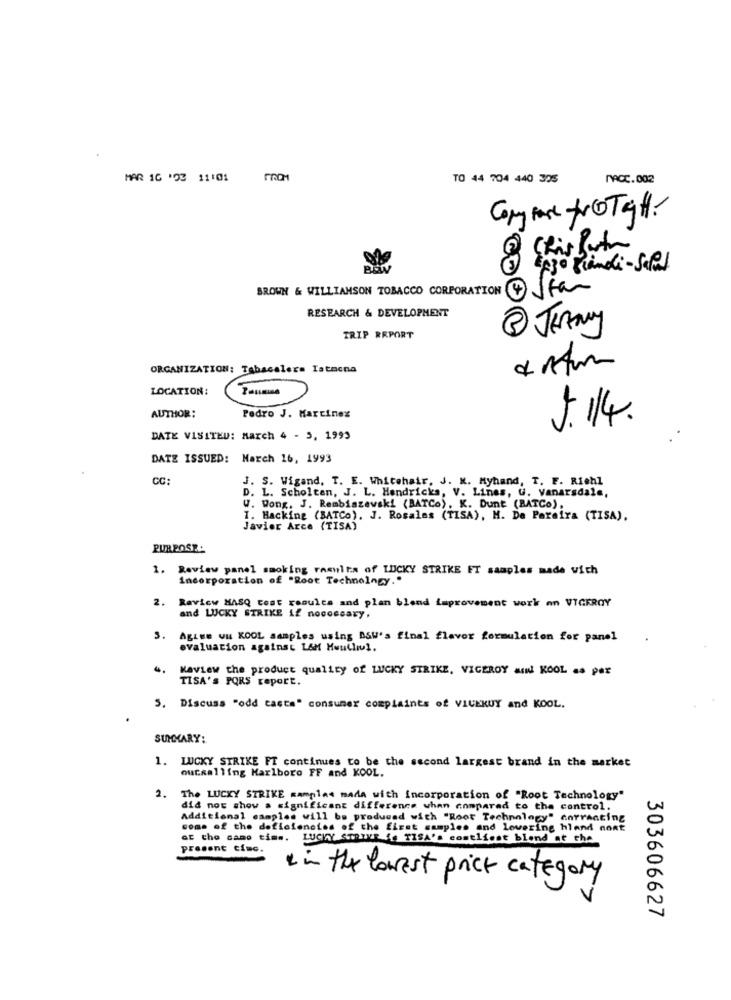
MAR 1C '03 11:01
TO 44 704 440 325
MACC.002
Cory are ProTagH.
Chis Barth
BON
3 Lago Bindi- Salat
BROWN & WILLIAMSON TOBACCO CORPORATION 4 JEa
RESEARCH & DEVELOPMENT
2 JEANY
TRIP REPORT
R
ORGANIZATION: Tabacalera Tatnona
LOCATION:
AUTHOR:
Pedro J. Martinez
5. 114.
DATE VISITED: March 4 - 5, 1999
DATE ISSUED: March 16, 1993
CC:
J. S. Wigand, T. E. Whitehair, J. K. Myhand, T. F. Riehl
. L. Scholten, J. L. Hendricks, V. Lines, G. Vanarsdale,
W. Wong. J. Rembiszewski (BATCe). K. Dunt (BATCo),
I. Hacking (BATCo). J. Rosales (TISA), M. De Pereira (TISA).
Javier Arce (TISA)
PURPOSE:
1.
Review panel smoking ramulta of LUCKY STRIKE ET samples made with
incorporation of "Root Technology."
2. Review HASQ cont results and plan blend Laprovement work on VICEROY
and LUCKY STRIKE if nocoscary.
3.
Agiwe ww KOOL samples using BSW's final flavor formulation for panel
evaluation against LAM Hwulliul.
Kaview the product quality of LUCKY STRIKE, VICEROY MW KOOL so per
TISA'S PORS report.
5. Discuss "odd casta" consumer complaints of VICEKUY and KOOL.
SUMMARY:
1. LUCKY STRIKE FT continues to be the second largest brand in the market
outsalling Marlboro FF and KOOL.
2. The LUCKY STRIKE mamplas mada with incorporation of "Root Technology"
did not show a significant difference when compared to the control.
Additional samples will be produced with "Root Technology" entranting
come of the deficiencies of the first samples and lowering hland nont
of the same time. LUCKY STRIKE So TISA'S costlicot blend at the
present time.
in the lowest price category
303606627